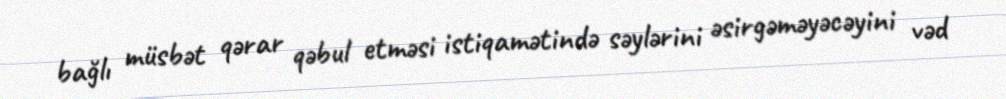
bağlı müsbət qərar qəbul etməsi istiqamətində səylərini əsirgəməyəcəyini vəd